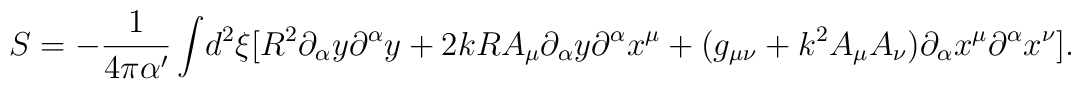
S = -\frac{1}{4 \pi \alpha^\prime}\int\!{{d^2}\xi}[{R^2}{\partial_\alpha}{y}{\partial^\alpha}{y} + 2kR{A_\mu}{\partial_\alpha}{y}{\partial^\alpha}{x^\mu} + (g_{\mu \nu} + {k^2}{A_\mu}{A_\nu}){\partial_\alpha}{x^\mu}{\partial^\alpha}{x^\nu}] .